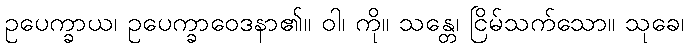
ဥပေက္ခာယ၊ ဥပေက္ခာဝေဒနာ၏။ ဝါ၊ ကို။ သန္တေ၊ ငြိမ်သက်သော။ သုခေ၊